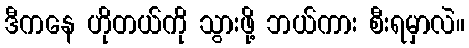
ဒီကနေ ဟိုတယ်ကို သွားဖို့ ဘယ်ကား စီးရမှာလဲ။